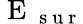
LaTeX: \mathrm{~E~}_{\mathrm{~s~u~r~}}